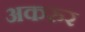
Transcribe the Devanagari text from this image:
अकरुर